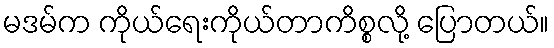
မဒမ်က ကိုယ်ရေးကိုယ်တာကိစ္စလို့ ပြောတယ်။